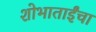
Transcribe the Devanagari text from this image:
शोभाताईंचा